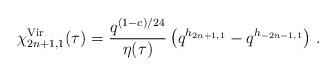
\begin{align*}\chi^{{\rm Vir}}_{2n+1,1}(\tau) = \frac{q^{(1-c)/24}}{\eta(\tau)}\left( q^{h_{2n+1,1}} - q^{h_{-2n-1,1}}\right)\,.\end{align*}